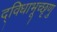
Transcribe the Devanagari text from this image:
द्विधाभूच्छृणु